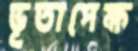
ভূতাপেক্ষ